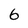
Character: 6